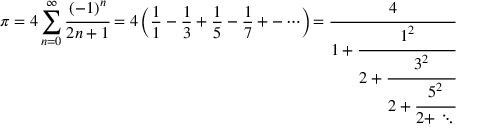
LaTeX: \pi = 4 \sum _ { n = 0 } ^ { \infty } { \cfrac { ( - 1 ) ^ { n } } { 2 n + 1 } } = 4 \left( { \frac { 1 } { 1 } } - { \frac { 1 } { 3 } } + { \frac { 1 } { 5 } } - { \frac { 1 } { 7 } } + - \cdots \right) \! = { \cfrac { 4 } { 1 + { \cfrac { 1 ^ { 2 } } { 2 + { \cfrac { 3 ^ { 2 } } { 2 + { \cfrac { 5 ^ { 2 } } { 2 + \ddots } } } } } } } }